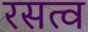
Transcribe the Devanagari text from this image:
रसत्व